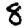
Digit: 8